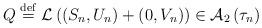
LaTeX: \begin{align*}Q\stackrel{\rm def}{=}{\cal L}\left( \left( S_{n},U_{n}\right) +\left(0,V_{n}\right) \right) \in {\cal A}_{2}\left( \tau _{n}\right) \end{align*}